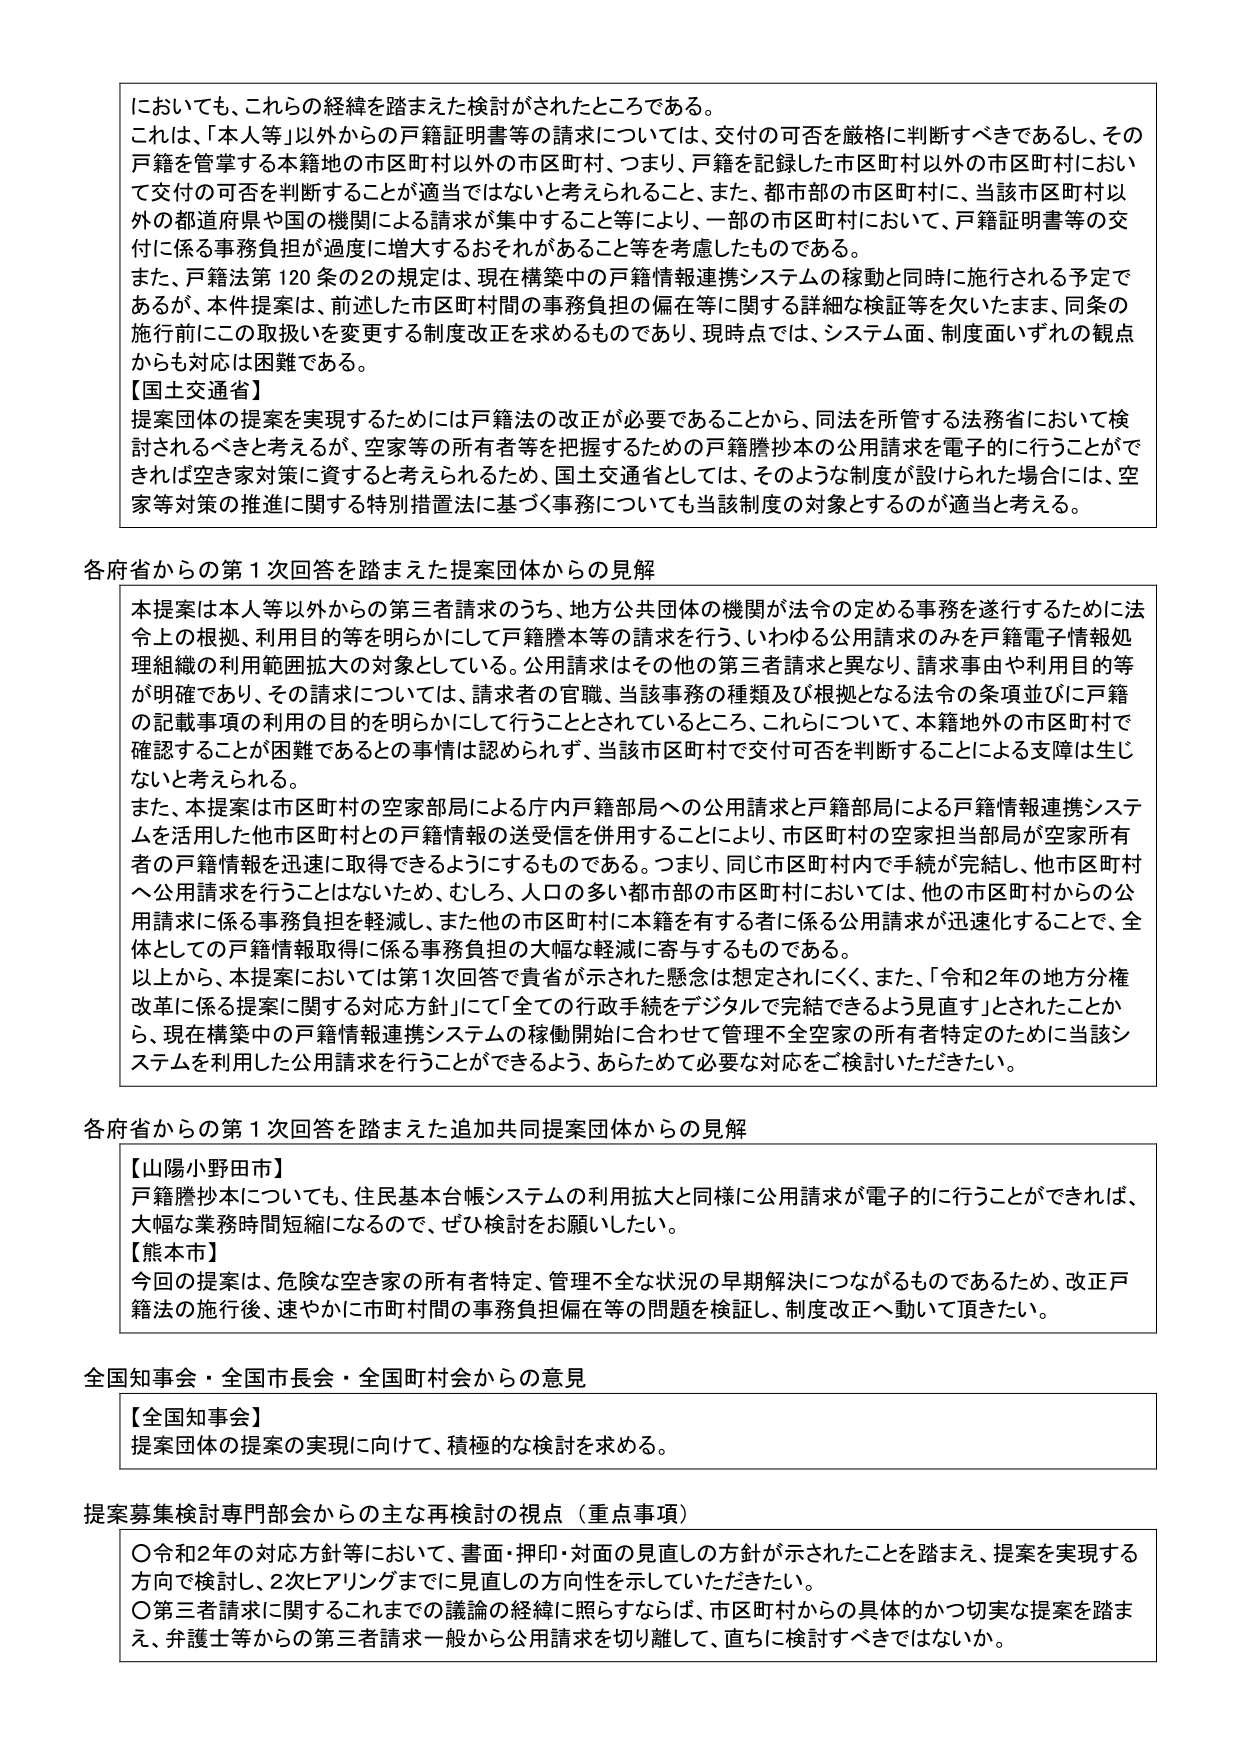
においても、これらの経緯を踏まえた検討がされたところである。
これは、「本人等」以外からの戸籍証明書等の請求については、交付の可否を厳格に判断すべきであるし、その
戸籍を管掌する本籍地の市区町村以外の市区町村、つまり、戸籍を記録した市区町村以外の市区町村におい
て交付の可否を判断することが適当ではないと考えられること、また、都市部の市区町村に、当該市区町村以
外の都道府県や国の機関による請求が集中すること等により、一部の市区町村において、戸籍証明書等の交
付に係る事務負担が過度に増大するおそれがあること等を考慮したものである。
また、戸籍法第120条の2の規定は、現在構築中の戸籍情報連携システムの稼動と同時に施行される予定で
あるが、本件提案は、前述した市区町村間の事務負担の偏在等に関する詳細な検証等を欠いたまま、同条の
施行前にこの取扱いを変更する制度改正を求めるものであり、現時点では、システム面、制度面いずれの観点
からも対応は困難である。
【国土交通省】
提案団体の提案を実現するためには戸籍法の改正が必要であることから、同法を所管する法務省において検
討されるべきと考えるが、空家等の所有者等を把握するための戸籍謄抄本の公用請求を電子的に行うことがで
きれば空き家対策に資すると考えられるため、国土交通省としては、そのような制度が設けられた場合に、空
家等対策の推進に関する特別措置法に基づく事務についても当該制度の対象とするのが適当と考える。

各府省からの第1次回答を踏まえた提案団体からの見解
本提案は本人等以外からの第三者請求のうち、地方公共団体の機関が法令の定める事務を遂行するために法
令上の根拠、利用目的等を明らかにして戸籍謄本等の請求を行う、いわゆる公用請求のみを戸籍電子情報処
理組織の利用範囲拡大の対象としている。公用請求はその他の第三者請求と異なり、請求事由や利用目的等
が明確であり、その請求については、請求者の官職、当該事務の種類及び根拠となる法令の条項並びに戸籍
の記載事項の利用の目的を明らかにして行うこととされているところ、これらについて、本籍地外の市区町村で
確認することが困難であるとの事情は認められず、当該市区町村で交付可否を判断することによる支障は生じ
ないと考えられる。
また、本提案は市区町村の空家部局による庁内戸籍部局への公用請求と戸籍部局による戸籍情報連携システ
ムを活用した他市区町村との戸籍情報の送受信を併用することにより、市区町村の空家担当部局が空家所有
者の戸籍情報を迅速に取得できるようにするものである。つまり、同じ市区町村内で手続が完結し、他市区町村
へ公用請求を行うことはないため、むしろ、人口の多い都市部の市区町村においては、他の市区町村からの公
用請求に係る事務負担を軽減し、また他の市区町村に本籍を有する者に係る公用請求が迅速化することで、全
体としての戸籍情報取得に係る事務負担の大幅な軽減に寄与するものである。
以上から、本提案においては第1次回答で貴省が示された懸念は想定されにくく、また、「令和2年の地方分権
改革に係る提案に関する対応方針」にて「全ての行政手続をデジタルで完結できるよう見直す」とされたことか
ら、現在構築中の戸籍情報連携システムの稼動開始に合わせて管理不全空家の所有者特定のために当該シ
ステムを利用した公用請求を行うことができるよう、あらためて必要な対応をご検討いただきたい。

各府省からの第1次回答を踏まえた追加共同提案団体からの見解
【山陽小野田市】
戸籍謄抄本についても、住民基本台帳システムの利用拡大と同様に公用請求が電子的に行うことができれば、
大幅な業務時間短縮になるので、ぜひ検討をお願いしたい。
【熊本市】
今回の提案は、危険な空き家の所有者特定、管理不全な状況の早期解決につながるものであるため、改正戸
籍法の施行後、速やかに市町村間の事務負担偏在等の問題を検証し、制度改正へ動いて頂きたい。

全国知事会・全国市長会・全国町村会からの意見
【全国知事会】
提案団体の提案の実現に向けて、積極的な検討を求める。

提案募集検討専門部会からの主な再検討の視点（重点事項）
〇令和2年の対応方針等において、書面・押印・対面の見直しの方針が示されたことを踏まえ、提案を実現する
方向で検討し、2次ヒアリングまでに見直しの方向性を示していただきたい。
〇第三者請求に関するこれまでの議論の経緯に照らすならば、市区町村からの具体的かつ切実な提案を踏ま
え、弁護士等からの第三者請求一般から公用請求を切り離して、直ちに検討すべきではないか。